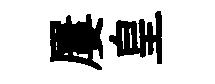
屢皇